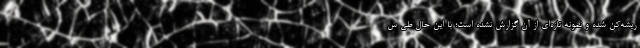
ریشه‌کن شده و نمونه تازه‌ای از آن گزارش نشده است؛ با این حال طی س